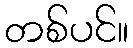
တစ်ပင်။